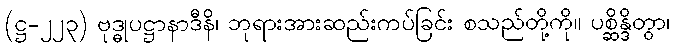
(ဋ္ဌ-၂၂၃) ဗုဒ္ဓုပဋ္ဌာနာဒီနိ၊ ဘုရားအားဆည်းကပ်ခြင်း စသည်တို့ကို။ ပစ္ဆိန္ဒိတွာ၊